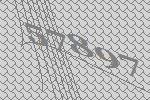
57897